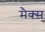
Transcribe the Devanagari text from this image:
मैक्‍स